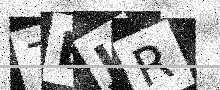
Text: 7BJR